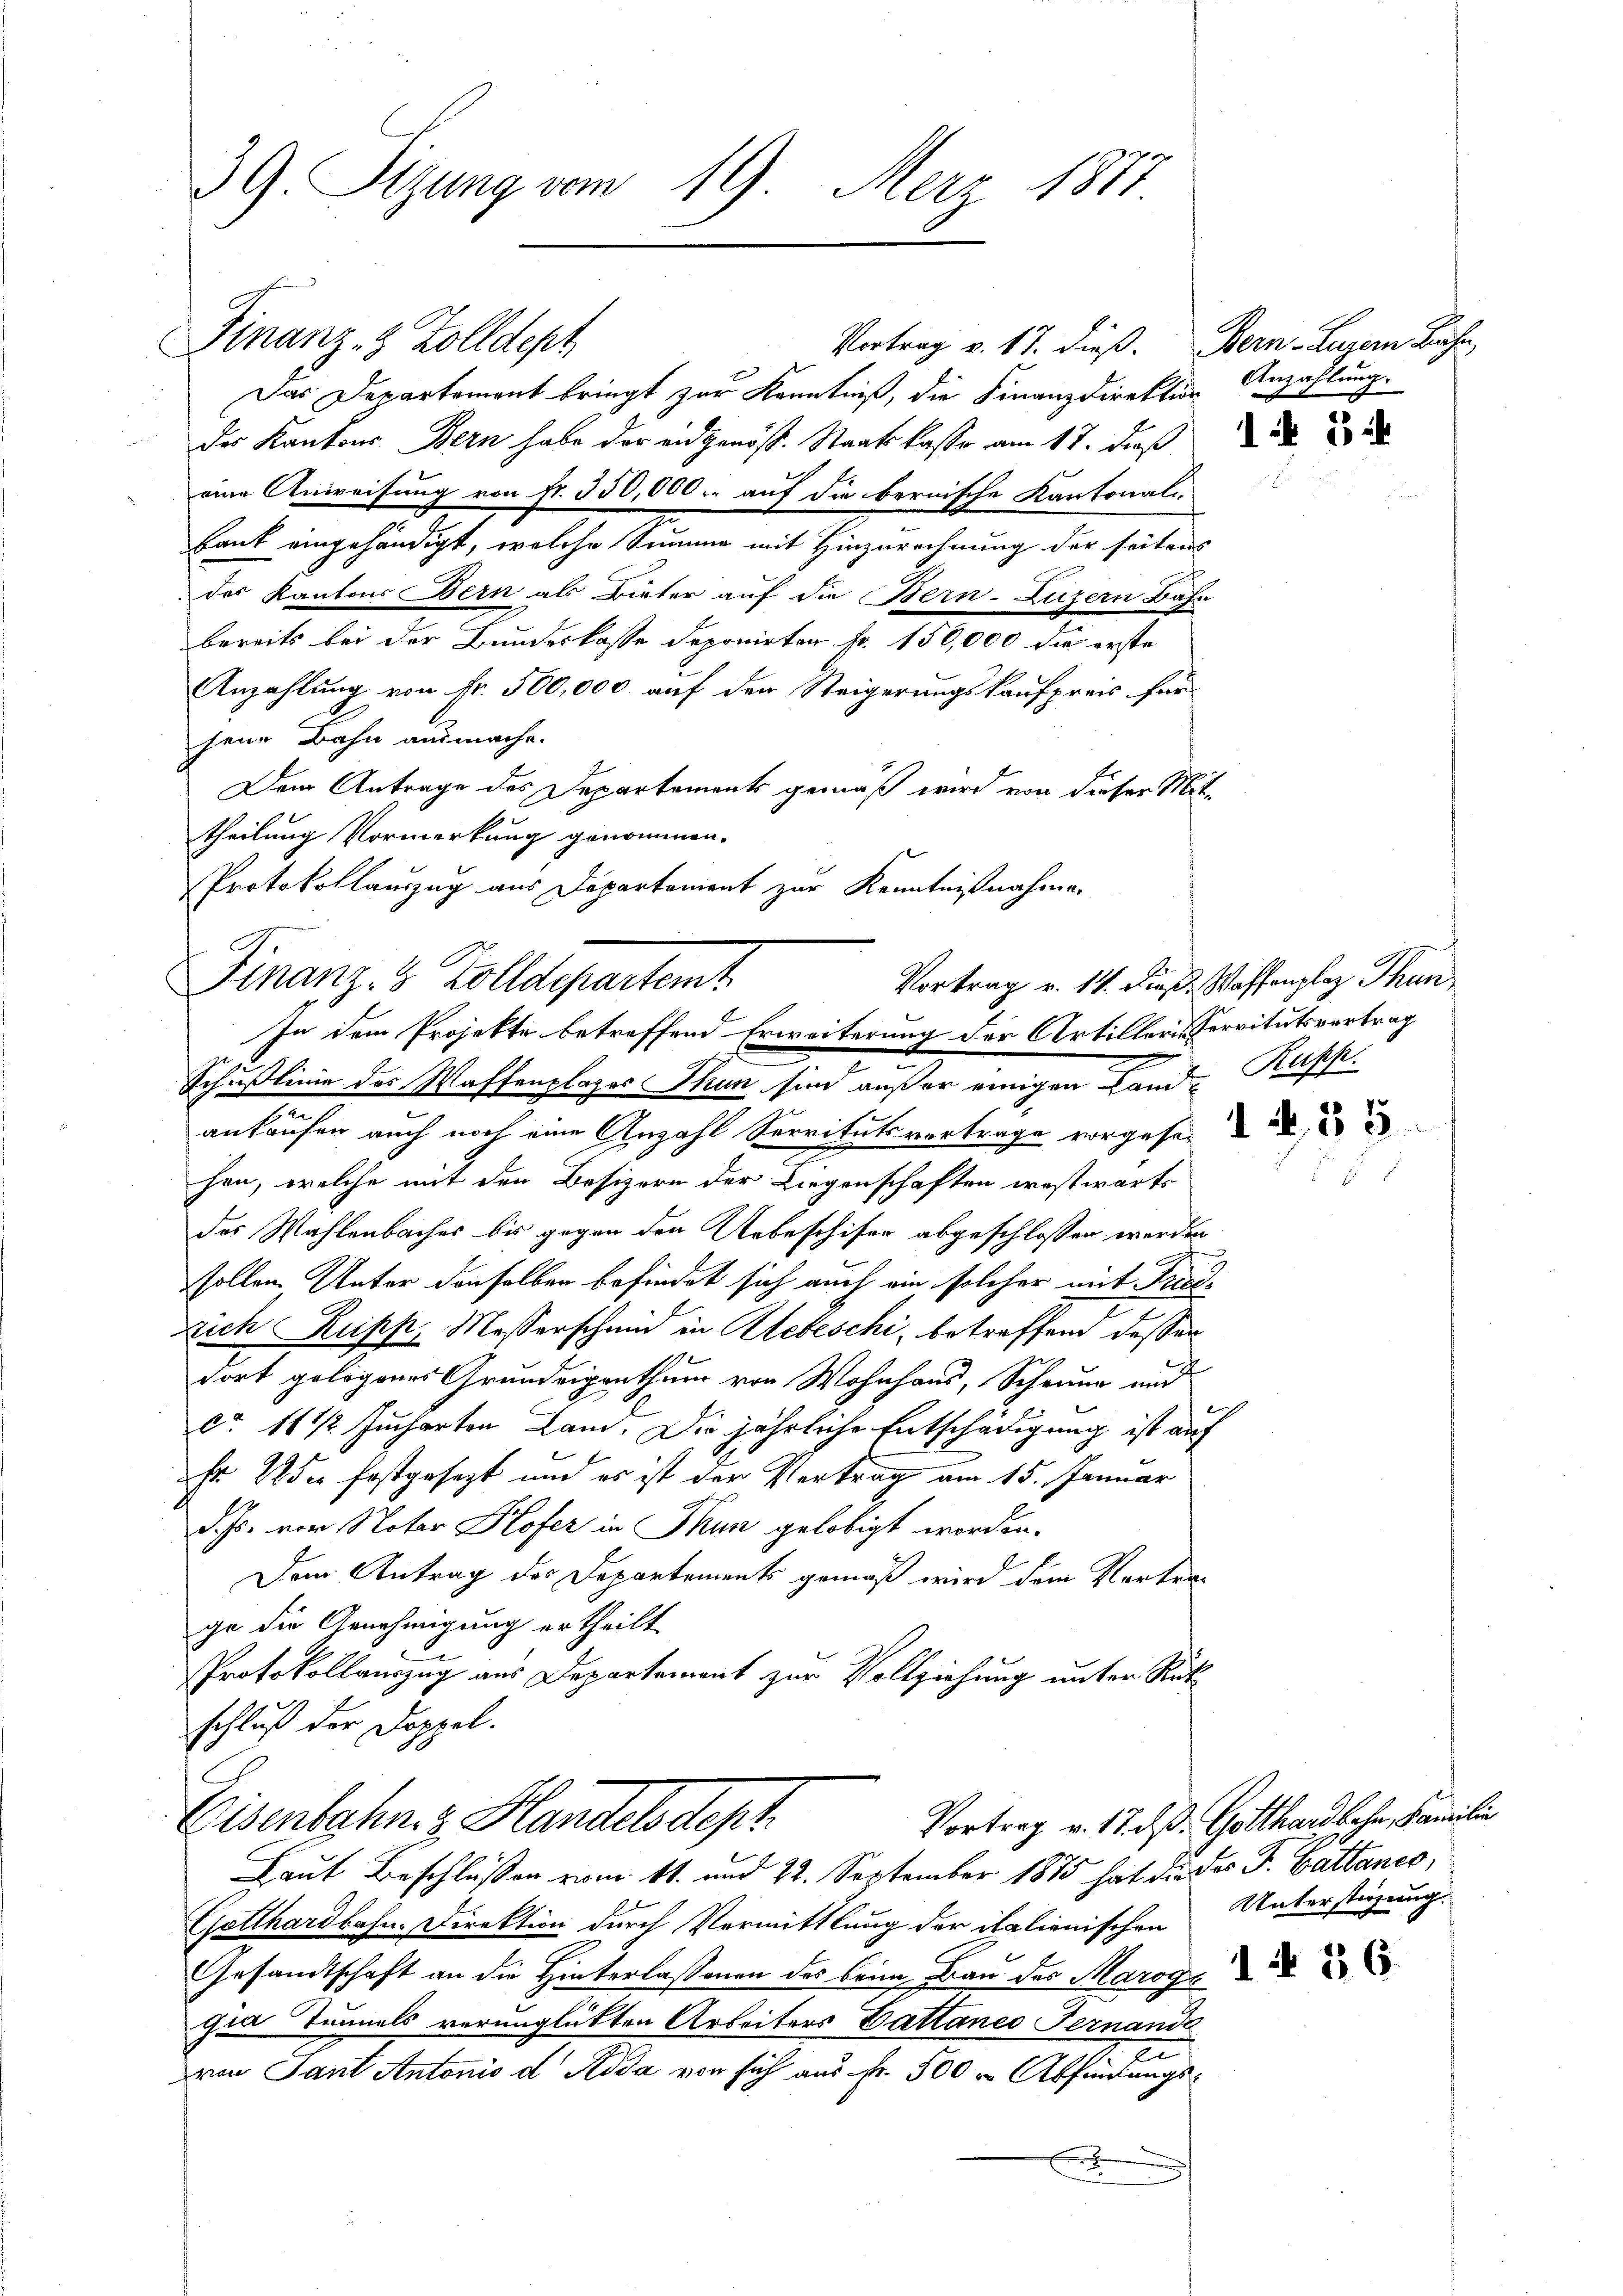
39. Sizung vom 19. Merz 1871

Finanz- & Zolldept
Vortrag v. 17. dieß. Bern Luzern Bahn,
Das Departement bringt zur Kenntniß, die Finanzdirektion
des Kantons Bern habe der eidgenöss. Staatskasse am 17. daß
eine Anweisung von fr. 350,000.- auf die bernische Kantonali-
Bank eingehändigt, welche Summe mit Hinzurechnung der seitens
des Kantons Bern als Bieter auf die Bern-Luzern Bahn
bereits bei der Bundeskasse deponirten fr. 150,000 die erste
Anzahlung von Fr. 500,000 auf der Steigerungskaufpreis für
sene Bahn ausmache.
Dem Antrage des Departements gemäß wird von dieser Mit¬
E
theilung Vormerkung genommen.
Protokollauszug aus Departement zur Kenntnißnahme.

Finanz-8 Zolldepartemt
In dem Projekte betreffend Erweiterung der Artilleris Servitutsvertrag
e
2
Schußlinie des Waffenplazer Thun sind außer einigen Land-

.
ankaufen auch noch eine Anzahl Servitutsvortrage vorgeset
hen, welche mit den Besizern der Liegenschaften westwärts
des Wahlenbaches bis gegen den Unbeschifer abgeschlossen werden
sollen Unter denselben befindet sich auch ein solcher mit Trudrich Rupp, Messerschmid in Aebeschi, betreffend desser
dort gelogenes Grundeigenthum von Wohnhaus, Schrung und
e
ca 16 1/2 Jucharten Lam. Die jährliche Entschädigung ist auf
fr. 285 festgesezt und es ist der Vertrag am 15. Januar
d. Js. vom Notar Hofer in Thun gelobigt worden.
Dem Antrag des Departements gemäß wird dem Vertrage die Genehmigung ertheilt
Protokollauszug aus Departement zur Vollziehung unter Rükschluß der Doppel.
Vortrag v. 17. d. Gotthardbahn, Famili
Eisenbahn & Handelsdept.
Laut Beschlüssen vom 11. und 22. September 1875 hat die des F. Cattancs,
Gotthardbahn. Direktion durch Vermittlung der italienischen
Gesandtschaft an die Hinterlassenen des beim Bau der Maroge
gia Tunnels verunglückten Arbeiters Cattanes Fernande
e
von Sant Antonio d. Roda von sich aus Fr. 500 r Abfindungs¬
.

Anzahlung.

Vortrag v. 14. Dieß. Waffenplaz, Thun,
Rupp.

Unterstüzung.